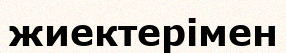
жиектерімен